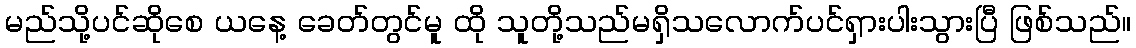
မည်သို့ပင်ဆိုစေ ယနေ့ ခေတ်တွင်မူ ထို သူတို့သည်မရှိသလောက်ပင်ရှားပါးသွားပြီ ဖြစ်သည်။